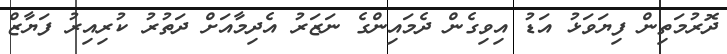
ދޮރުމަތިން ފިޔަވަޅު އަޑު އިވިގެން ދެމައިންގެ ނަޒަރު އެދިމާއަށް ދަތުރު ކުރިއިރު ފަޔާޒް